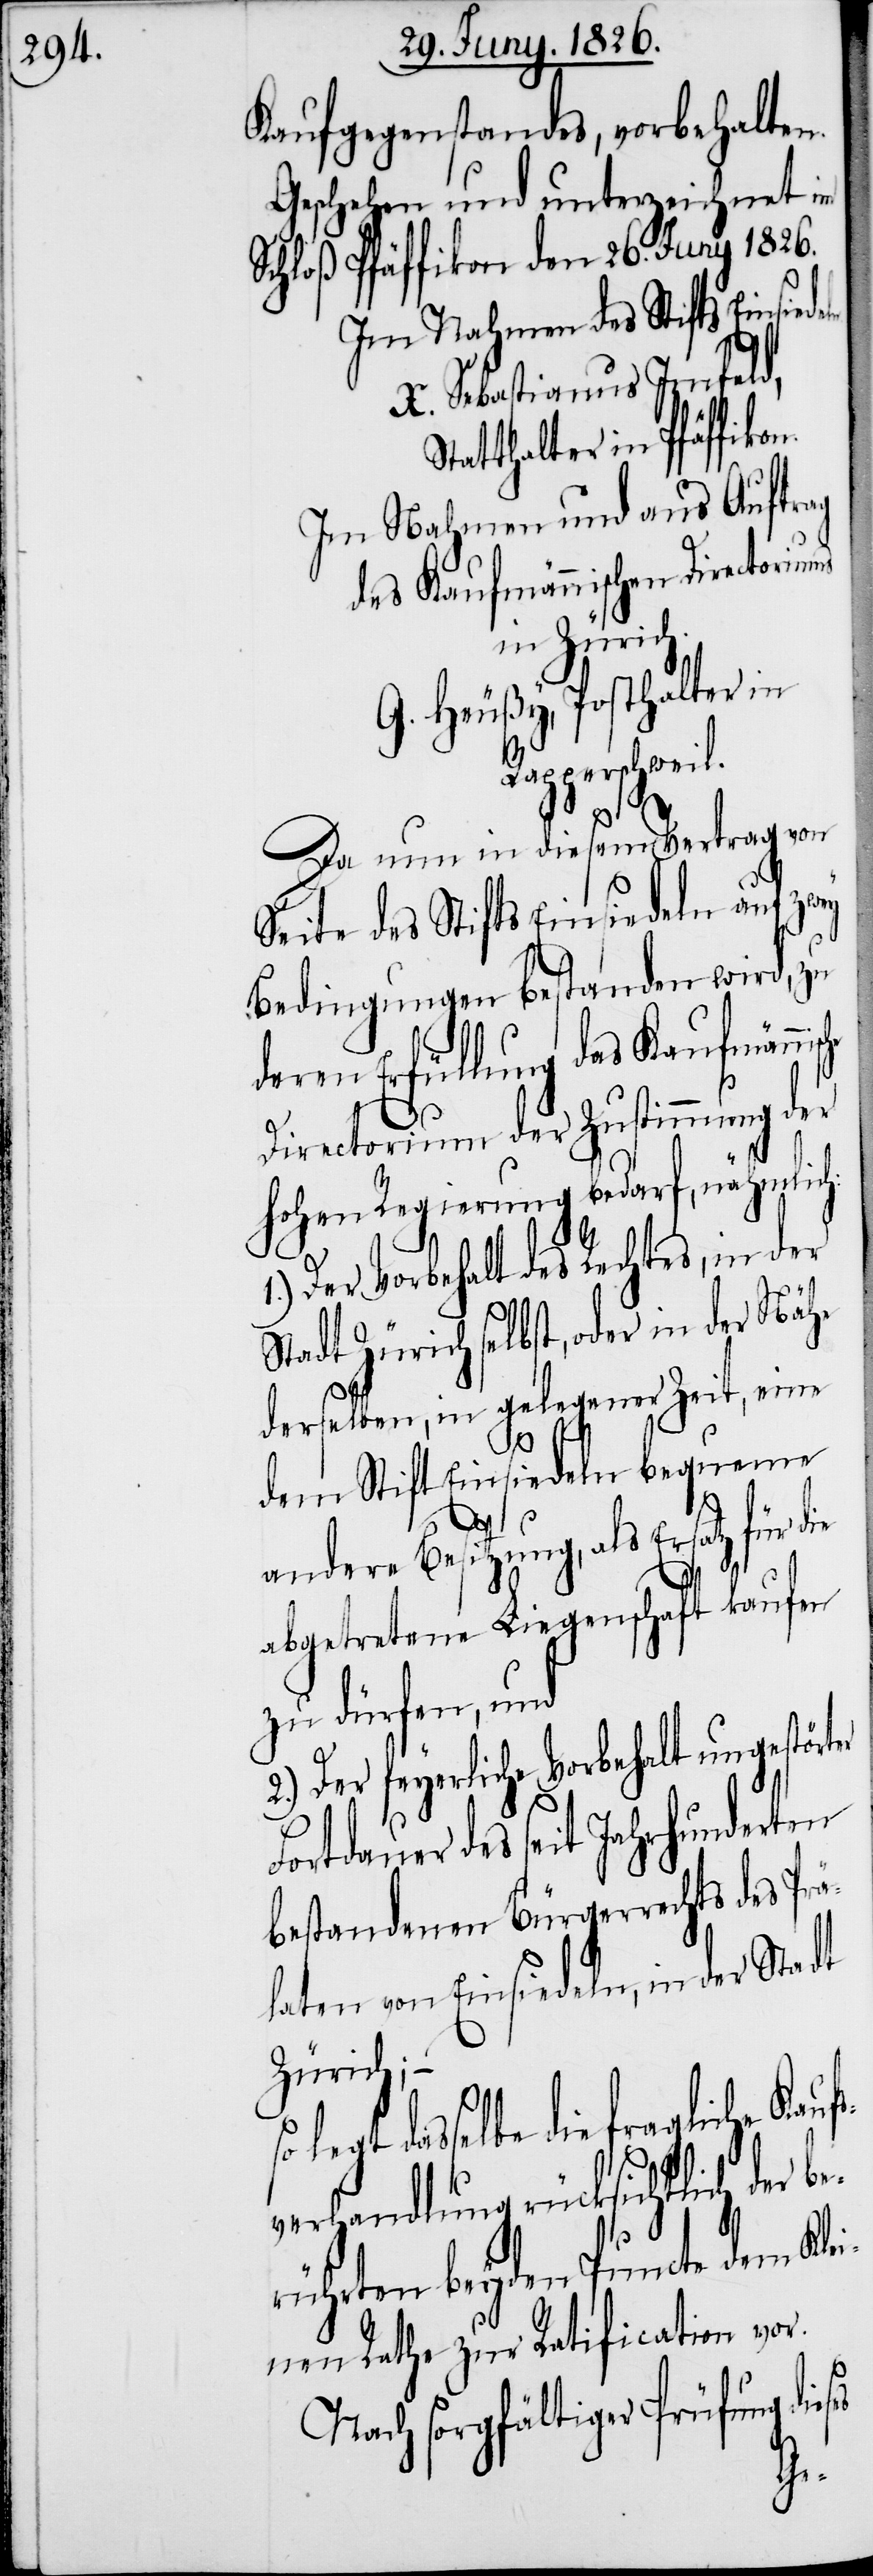
Kaufgegenstandes, vorbehalte¬
Geschehen und unterzeichnet im
Schloß Pfäffikon den 26. Juny 1826.
Im Nahmen des Stifts Einsiede¬
X. Sebastianus Imfeld,
Statthalter in Pfäffiko¬
Im Nahmen und aus Auftrag
des Kaufmännischen Directoriums
in Zürich.
G. Heußy, Posthalter in
Rapperschweil.
s¬
Da nun in diesem Vertrag von
Seite des Stifts Einsiedeln auf zwey
Bedingungen bestanden wird, zu
ren Erfüllung das Kaufmänni¬
Directorium der Zustimmung der
hohen Regierung bedarf, nähmlich:
Der Vorbehalt des Rechtes, in
Stadt Zürich selbst, oder in der Nähe
er
derselben, in gelegener Zeit, eine
dem Stift Einsiedeln bequeme
Fo¬
andere Besitzung, als Ersatz für
abgetretene Liegenschaft kaufen
zu dürfen, und
2.) Der feyerliche Vorbehalt ungestört¬
rtdauer des seit Jahrhunderten
bestandenen Bürgerrechts des Prä¬
laten von Einsiedeln, in der Stadt
Zürich; –
legt dasselbe die fragliche Kauf¬
verhandlung rücksichtlich der
rührten beyden Puncte dem Kl¬
nen Rathe zur Ratification vor.
ses
Nach sorgfältiger Prüfung
die¬